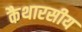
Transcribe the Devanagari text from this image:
कैथारसीय